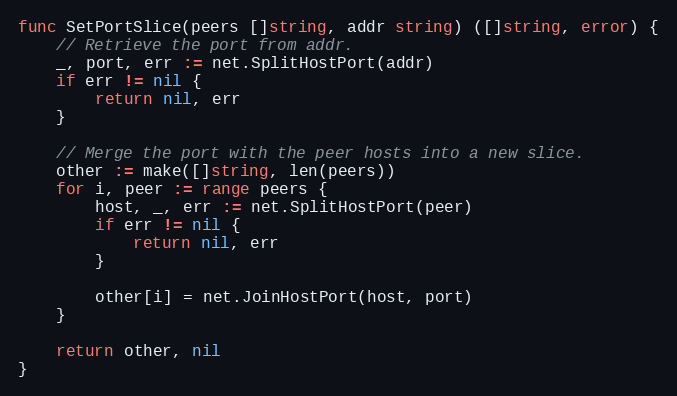
Language: Go
func SetPortSlice(peers []string, addr string) ([]string, error) {
	// Retrieve the port from addr.
	_, port, err := net.SplitHostPort(addr)
	if err != nil {
		return nil, err
	}

	// Merge the port with the peer hosts into a new slice.
	other := make([]string, len(peers))
	for i, peer := range peers {
		host, _, err := net.SplitHostPort(peer)
		if err != nil {
			return nil, err
		}

		other[i] = net.JoinHostPort(host, port)
	}

	return other, nil
}